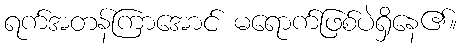
ရက်အတန်ကြာအောင် မရောက်ဖြစ်ပဲရှိနေ၏။